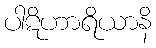
ပါဋိဟာရိယာနိ